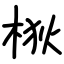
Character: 梑